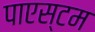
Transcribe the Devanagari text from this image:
पाएस्टम